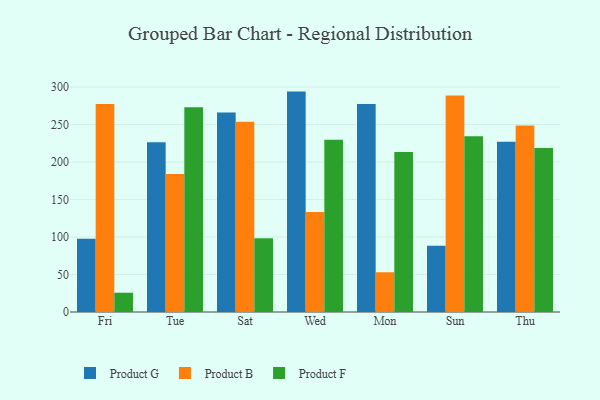
{"axis": {"x": "Day", "y": "Inventory Turnover"}, "legend": ["Product B", "Product F", "Product G"], "data": [{"x": "Fri", "y": 97.7, "type": "Product G"}, {"x": "Fri", "y": 277.2, "type": "Product B"}, {"x": "Fri", "y": 25.7, "type": "Product F"}, {"x": "Tue", "y": 226.3, "type": "Product G"}, {"x": "Tue", "y": 184.0, "type": "Product B"}, {"x": "Tue", "y": 273.1, "type": "Product F"}, {"x": "Sat", "y": 266.1, "type": "Product G"}, {"x": "Sat", "y": 253.7, "type": "Product B"}, {"x": "Sat", "y": 98.2, "type": "Product F"}, {"x": "Wed", "y": 293.9, "type": "Product G"}, {"x": "Wed", "y": 133.2, "type": "Product B"}, {"x": "Wed", "y": 229.7, "type": "Product F"}, {"x": "Mon", "y": 277.5, "type": "Product G"}, {"x": "Mon", "y": 53.0, "type": "Product B"}, {"x": "Mon", "y": 213.4, "type": "Product F"}, {"x": "Sun", "y": 88.2, "type": "Product G"}, {"x": "Sun", "y": 288.6, "type": "Product B"}, {"x": "Sun", "y": 234.3, "type": "Product F"}, {"x": "Thu", "y": 227.0, "type": "Product G"}, {"x": "Thu", "y": 248.6, "type": "Product B"}, {"x": "Thu", "y": 218.8, "type": "Product F"}]}